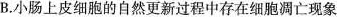
B.小肠上皮细胞的自然更新过程中存在细胞凋亡现象